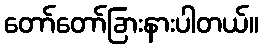
တော်တော်ခြားနားပါတယ်။